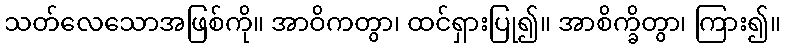
သတ်လေသောအဖြစ်ကို။ အာဝိကတွာ၊ ထင်ရှားပြု၍။ အာစိက္ခိတွာ၊ ကြား၍။